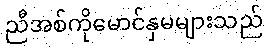
ညီအစ်ကိုမောင်နှမများသည်